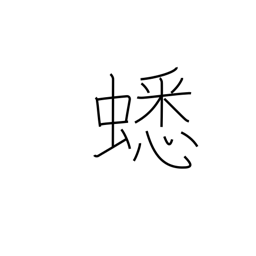
Meaning: cricket